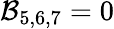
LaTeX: \mathcal{B}_{5,6,7}=0